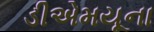
ડીએમયૂના